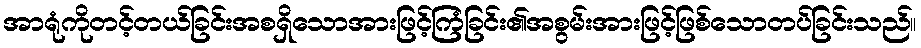
အာရုံကိုတင့်တယ်ခြင်းအစရှိသောအားဖြင့်ကြံခြင်း၏အစွမ်းအားဖြင့်ဖြစ်သောတပ်ခြင်းသည်။